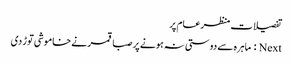
تفصیلات منظرعام پر
Next : ماہرہ سے دوستی نہ ہونے پر صبا قمر نے خاموشی توڑ دی